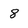
Character: 8